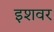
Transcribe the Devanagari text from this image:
इशवर